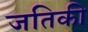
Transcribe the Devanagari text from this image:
जतिकी